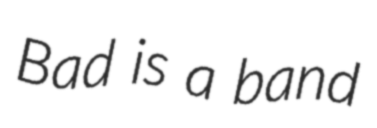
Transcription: Bad is a band